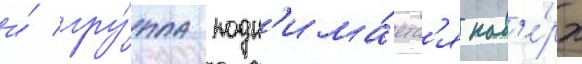
и́ гру́ппа подн'има́етс'я нав'е́рх